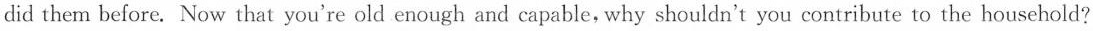
did them before. Now that you're old enough and capable, why shouldn't you contribute to the household?